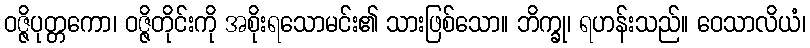
ဝဇ္ဇိပုတ္တကော၊ ဝဇ္ဇိတိုင်းကို အစိုးရသောမင်း၏ သားဖြစ်သော။ ဘိက္ခု၊ ရဟန်းသည်။ ဝေသာလိယံ၊